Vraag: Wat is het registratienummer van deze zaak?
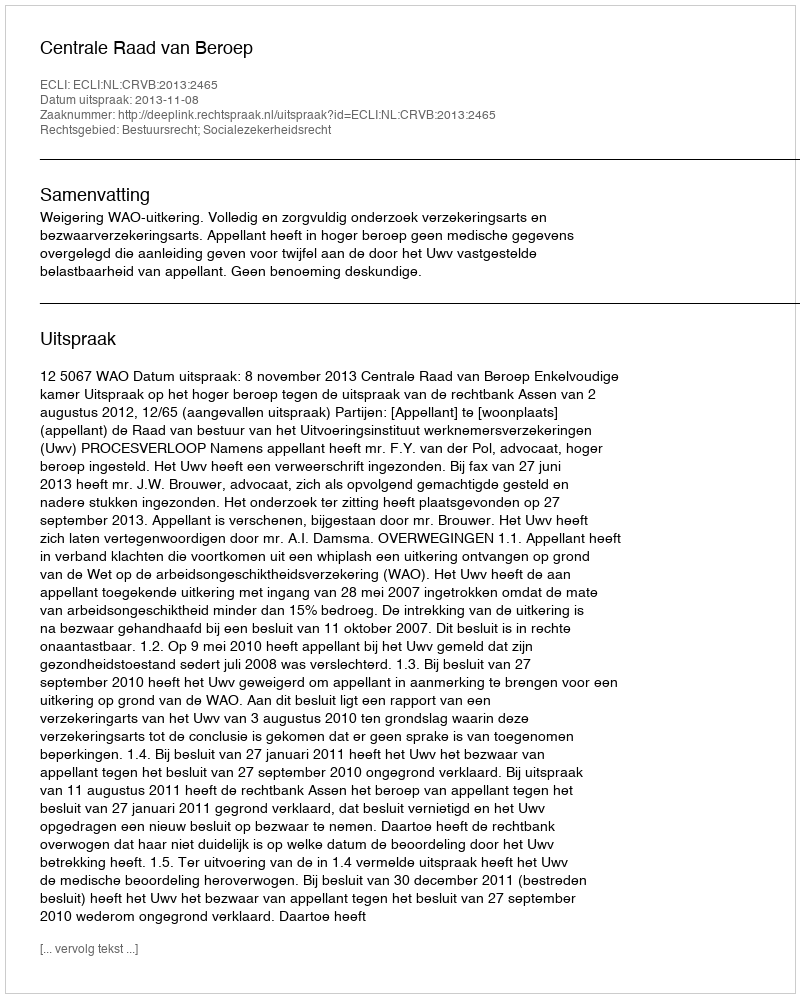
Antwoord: http://deeplink.rechtspraak.nl/uitspraak?id=ECLI:NL:CRVB:2013:2465